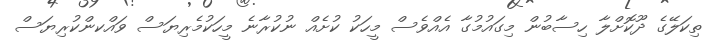
ތިކަލޭގެ ދޫކޮށްލާ ހިސާބުން މިގައުމުގާ އެއްވެސް މީހަކު ކުށެއް ނުކުރާނެ މީހަކުމެރިޔަސް ވައްކންކުރިޔަސް